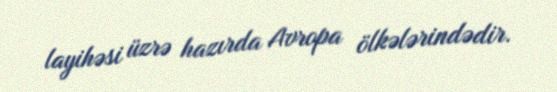
layihəsi üzrə hazırda Avropa ölkələrindədir.